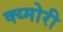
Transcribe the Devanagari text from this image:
क्य्मोरी